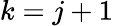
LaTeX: k=j+1